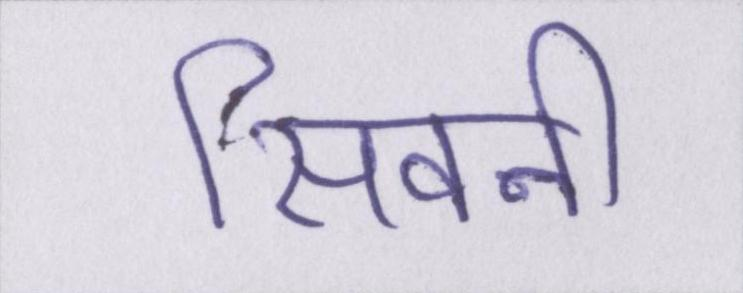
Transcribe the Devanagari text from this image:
सिवनी